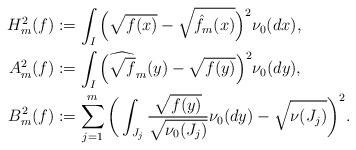
LaTeX: \begin{align*} H_m^2(f)&:= \int_I\Big(\sqrt{f(x)}-\sqrt{\hat f_m(x)}\Big)^2 \nu_0(dx),\\ A_m^2(f)&:= \int_I\Big(\widehat{\sqrt {f}}_m(y)-\sqrt{f(y)}\Big)^2\nu_0(dy),\\ B_m^2(f)&:= \sum_{j=1}^m\bigg(\int_{J_j}\frac{\sqrt{f(y)}}{\sqrt{\nu_0(J_j)}}\nu_0(dy)-\sqrt{\nu(J_j)}\bigg)^2. \end{align*}